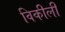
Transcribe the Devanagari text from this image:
विकीली